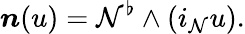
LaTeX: \boldsymbol{n}(u)=\mathcal{N}^{\flat}\wedge(i_{\mathcal{N}}u).